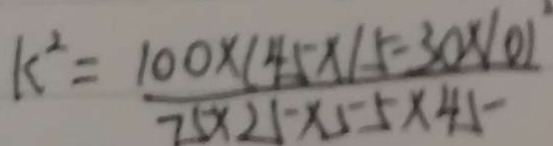
k ^ { 2 } = \frac { 1 0 0 \times ( 4 5 \times 1 5 - 3 0 \times 1 0 ) ^ { 2 } } { 7 5 \times 2 5 \times 5 \times 4 5 }